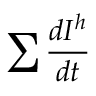
\sum { \frac { d I ^ { h } } { d t } }